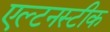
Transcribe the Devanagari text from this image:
एल्टनस्टीक